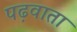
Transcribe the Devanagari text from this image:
पढ़वाता